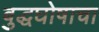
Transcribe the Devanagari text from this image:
बुद्धघोषाचा